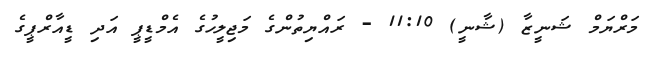
މަރްޔަމް ޝަނީޒާ (ޝާނީ) 11:10 - ރައްޔިތުންގެ މަޖިލީހުގެ އެމްޑީޕީ އަދި ޑީއާރްޕީގެ